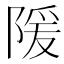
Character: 𫕉